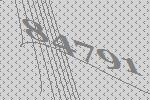
84791